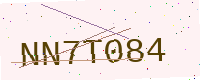
Text: NN7T084